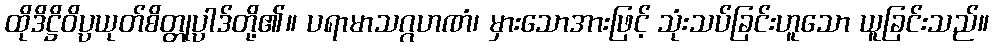
ထိုဒိဋ္ဌိဝိပ္ပယုတ်စိတ္တုပ္ပါဒ်တို့၏။ ပရာမာသဂ္ဂဟဏံ၊ မှားသောအားဖြင့် သုံးသပ်ခြင်းဟူသော ယူခြင်းသည်။